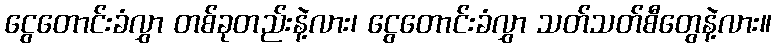
ငွေတောင်းခံလွှာ တစ်ခုတည်းနဲ့လား၊ ငွေတောင်းခံလွှာ သတ်သတ်စီတွေနဲ့လား။